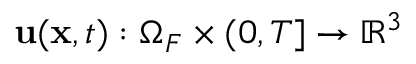
\mathbf { u } ( \mathbf { x } , t ) : \Omega _ { F } \times ( 0 , T ] \rightarrow \mathbb { R } ^ { 3 }